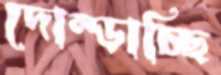
দোম্‌ড়াচ্ছি